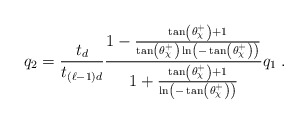
\begin{align*}q_2 = \frac{t_d}{t_{(\ell-1)d}}\frac{1 - \frac{\tan \left( \theta^+_{\chi} \right) + 1}{\tan \left( \theta^+_{\chi} \right) \ln \left( -\tan \left( \theta^+_{\chi} \right) \right)}}{1 + \frac{\tan \left( \theta^+_{\chi} \right) + 1}{\ln \left( -\tan \left( \theta^+_{\chi} \right) \right)}} q_1 \;.\end{align*}